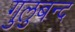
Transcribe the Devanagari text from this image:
गुलुबन्द